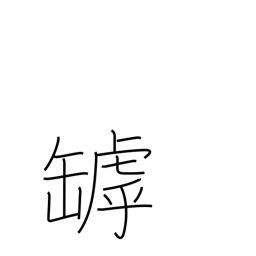
Meaning: crack